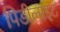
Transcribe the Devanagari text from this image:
पिडीलाइट